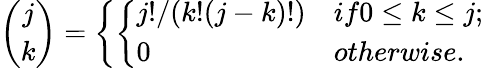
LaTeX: {\binom{j}{k}}=\left\{ \left\{ \begin{array}{ll}{{j!/(k!(j-k)!)}}&{{if0\le k\le j;}}\\ {{0}}&{{otherwise.}}\end{array}\right.\right.